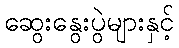
ဆွေးနွေးပွဲများနှင့်